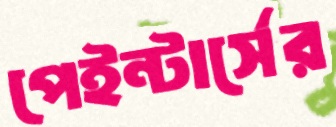
পেইন্টার্সের